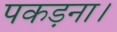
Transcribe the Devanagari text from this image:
पकड़ना।